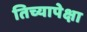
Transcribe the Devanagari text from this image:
तिच्यापेक्षा